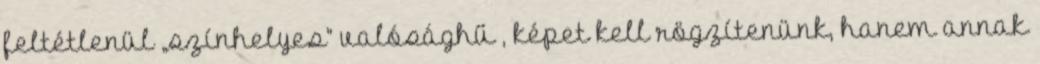
feltétlenül „színhelyes” valósághű , képet kell rögzítenünk, hanem annak